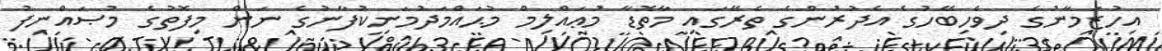
އިހުޒަމާނުގެ ދިވެހިބޭހުގެ އެދުރުންގެ ތެރޭގައި މާތޮޑާ މުޢައްލިމް މުޙައްމަދުމަނިކުފާނުގެ ނަން މިފޮތުގެ މުޞައްނިފު